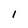
Character: I